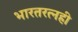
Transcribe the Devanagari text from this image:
भारतरत्नही